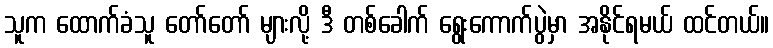
သူက ထောက်ခံသူ တော်တော် များလို့ ဒီ တစ်ခေါက် ရွေးကောက်ပွဲမှာ အနိုင်ရမယ် ထင်တယ်။